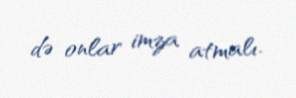
də onlar imza atmalı.